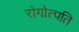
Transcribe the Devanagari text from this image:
रोगोत्पति